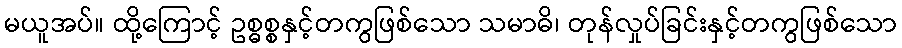
မယူအပ်။ ထို့ကြောင့် ဥစ္ဓစ္စနှင့်တကွဖြစ်သော သမာဓိ၊ တုန်လှုပ်ခြင်းနှင့်တကွဖြစ်သော